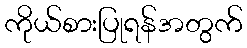
ကိုယ်စားပြုရန်အတွက်